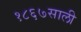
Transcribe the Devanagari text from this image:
१८६७साली